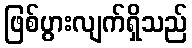
ဖြစ်ပွားလျက်ရှိသည်